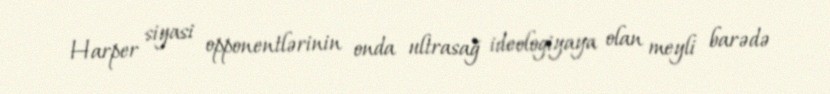
Harper siyasi opponentlərinin onda ultrasağ ideologiyaya olan meyli barədə